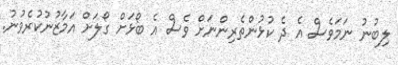
ލިބުނު ނަމަވެސް އެ ދެ ކުޅުންތެރިންނަށް ވެސް އެ ބޯޅަށް ގޯލަށް އަމާޒުނުކުރެވުނު.